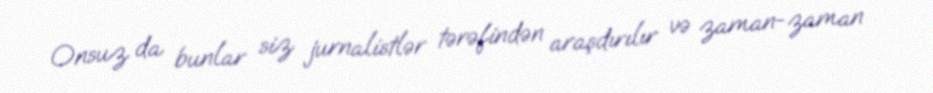
Onsuz da bunlar siz jurnalistlər tərəfindən araşdırılır və zaman-zaman